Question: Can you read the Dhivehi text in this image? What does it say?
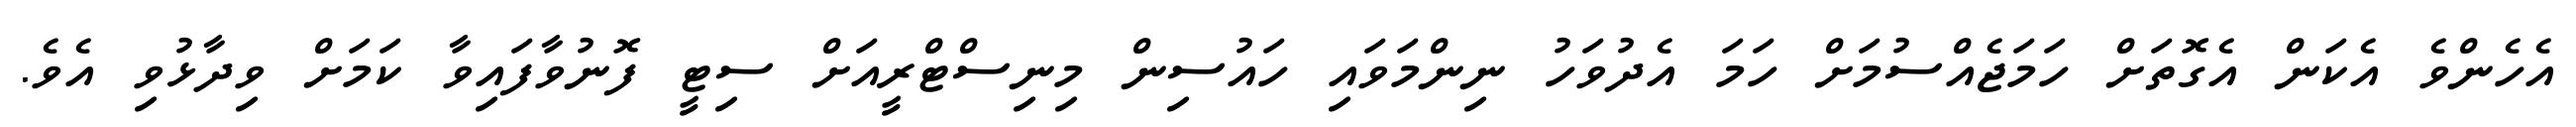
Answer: އެހެންވެ އެކަން އެގޮތަށް ހަމަޖެއްސުމަށް ހަމަ އެދުވަހު ނިންމަވައި ހައުސިން މިނިސްޓްރީއަށް ސިޓީ ފޮނުވާފައިވާ ކަމަށް ވިދާޅުވި އެވެ.